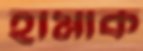
হামাক